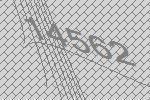
14562